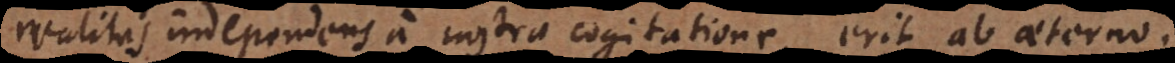
realitas independens a nostra cogitatione, erit ab aeterno.